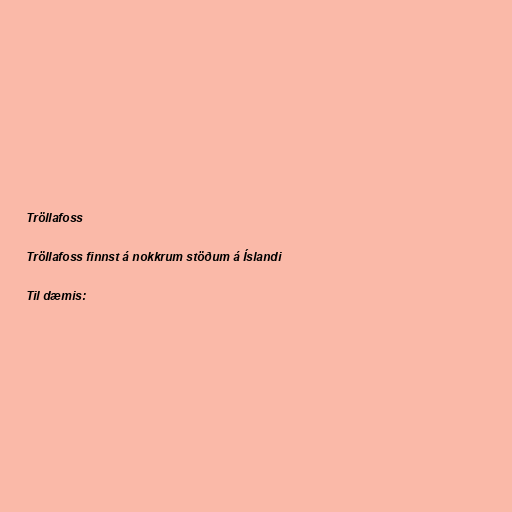
Tröllafoss

Tröllafoss finnst á nokkrum stöðum á Íslandi

Til dæmis: